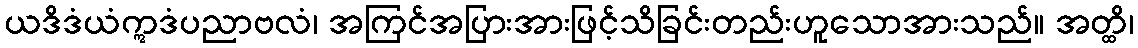
ယဒိဒံယံဣဒံပညာဗလံ၊ အကြင်အပြားအားဖြင့်သိခြင်းတည်းဟူသောအားသည်။ အတ္ထိ၊